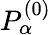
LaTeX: P_{\alpha}^{(0)}